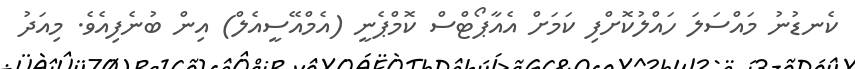
ކެނޑުނު މައްސަލަ ހައްލުކޮށްފި ކަމަށް އެއާޕޯޓްސް ކޮމްޕެނީ (އެމްއޭސީއެލް) އިން ބުނެފިއެވެ. މިއަދު